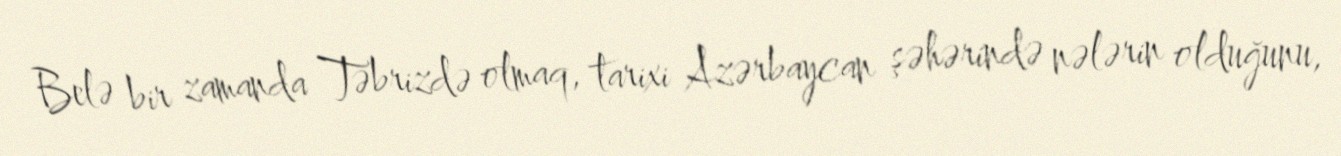
Belə bir zamanda Təbrizdə olmaq, tarixi Azərbaycan şəhərində nələrin olduğunu,